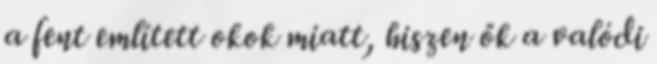
a fent említett okok miatt, hiszen ők a valódi